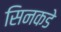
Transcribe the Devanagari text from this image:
सिनकडे